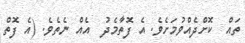
ތައް  ކޮށްދެއްވުމަށެވެ. އެ ފޮތާމެދު  އެއް ނެތެވެ. (އެ ފޮތް